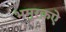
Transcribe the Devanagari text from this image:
भमुरक़ऐ